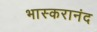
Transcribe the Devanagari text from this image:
भास्‍करानंद